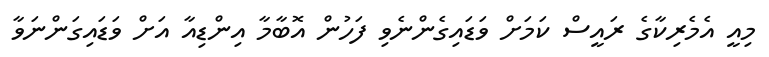
މިއީ އެމެރިކާގެ ރައީސް ކަމަށް ވަޑައިގެންނެވި ފަހުން އޮބާމާ އިންޑިއާ އަށް ވަޑައިގަންނަވާ